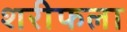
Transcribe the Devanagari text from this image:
शरीफला